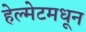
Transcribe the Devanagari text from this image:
हेल्मेटमधून